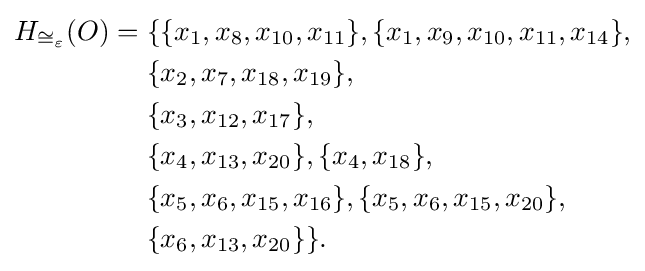
{\begin{aligned}H_{\cong _{\varepsilon }}(O)={}&\{\{x_{1},x_{8},x_{10},x_{11}\},\{x_{1},x_{9},x_{10},x_{11},x_{14}\},\\&\{x_{2},x_{7},x_{18},x_{19}\},\\&\{x_{3},x_{12},x_{17}\},\\&\{x_{4},x_{13},x_{20}\},\{x_{4},x_{18}\},\\&\{x_{5},x_{6},x_{15},x_{16}\},\{x_{5},x_{6},x_{15},x_{20}\},\\&\{x_{6},x_{13},x_{20}\}\}.\end{aligned}}